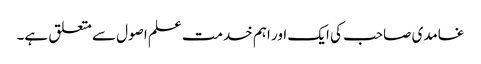
غامدی صاحب کی ایک اور اہم خدمت علم اصول سے متعلق ہے۔